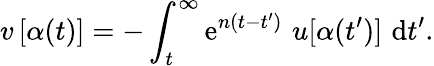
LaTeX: v\, [\alpha(t)]=-\int_{t}^{\infty}\mathrm{e}^{n(t-t^{\prime})}\, \, u[\alpha(t^{\prime})]\, \, \mathrm{d}t^{\prime}.